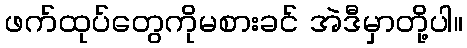
ဖက်ထုပ်တွေကိုမစားခင် အဲဒီမှာတို့ပါ။